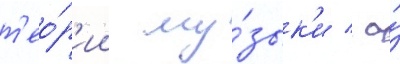
т'ео́р'ии му́зык'и / а́